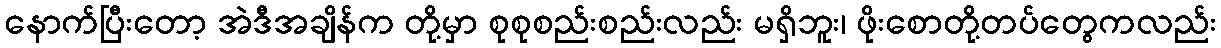
နောက်ပြီးတော့ အဲဒီအချိန်က တို့မှာ စုစုစည်းစည်းလည်း မရှိဘူး၊ ဖိုးစောတို့တပ်တွေကလည်း